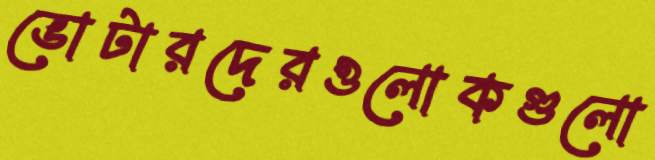
ভোটারদেরওলোকগুলো